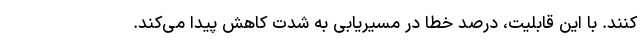
کنند. با این قابلیت، درصد خطا در مسیریابی به شدت کاهش پیدا می‌کند.